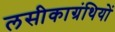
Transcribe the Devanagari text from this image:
लसीकाग्रंथियों